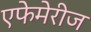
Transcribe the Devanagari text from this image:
एफेमेरीज